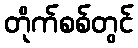
တိုက်စစ်တွင်